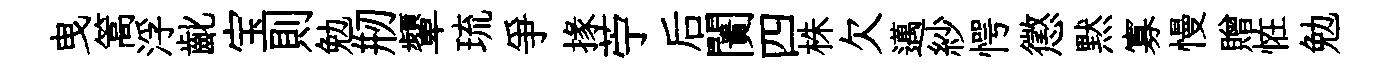
曳篙浮齔宝則勉剏顰琉爭掾苧后闠四株欠邁紗愕懲黙寡慢贈恠勉